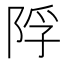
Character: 𨹴